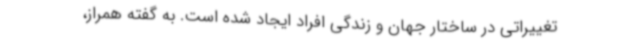
تغییراتی در ساختار جهان و زندگی افراد ایجاد شده است. به گفته همراز،